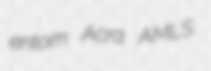
entom Acra AMLS